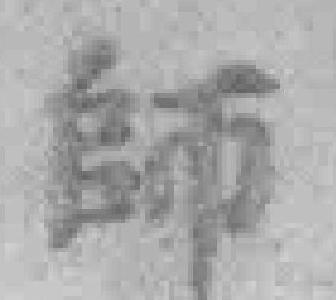
師